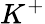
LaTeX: K^{+}